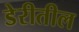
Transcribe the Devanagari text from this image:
डेरीतील